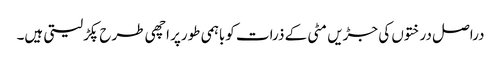
دراصل درختوں کی جڑیں مٹی کے ذرات کوباہمی طورپر اچھی طرح پکڑلیتی ہیں۔